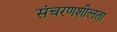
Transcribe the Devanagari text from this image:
संचरणशीलता